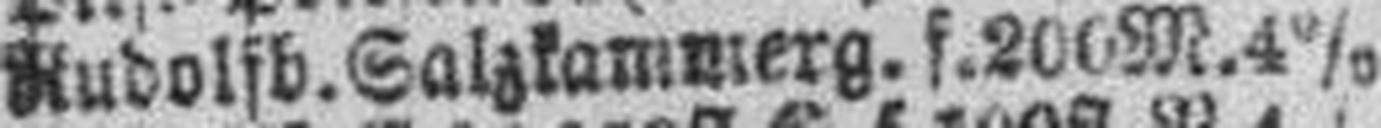
Rudolfb. Salzkammerg. f. 200 M. 4%